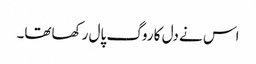
اس نے دل کا روگ پال رکھاتھا۔